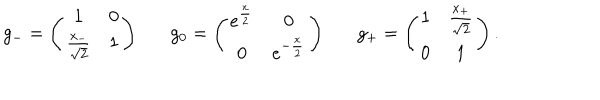
LaTeX: g _ { - } = \left( \begin{array} { c c } { { 1 } } & { { 0 } } \\ { { \frac { x _ { - } } { \sqrt { 2 } } } } & { { 1 } } \\ \end{array} \right) g _ { 0 } = \left( \begin{array} { c c } { { e ^ { \frac { x } { 2 } } } } & { { 0 } } \\ { { 0 } } & { { e ^ { - \frac { x } { 2 } } } } \\ \end{array} \right) g _ { + } = \left( \begin{array} { c c } { { 1 } } & { { \frac { x _ { + } } { \sqrt { 2 } } } } \\ { { 0 } } & { { 1 } } \\ \end{array} \right) .